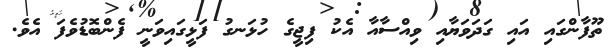
ތޫފާންގައި އައި ގަދަވަޔާއި ވިއްސާއާ އެކު ފިޖީގެ ހުޅަނގު ފަޅީގައިވަނީ ފެންބޮޑުވެފަ އެވެ.